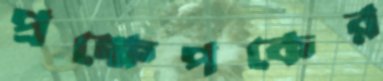
প্রক্ষেপকের